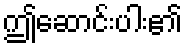
ဤဆောင်းပါး၏